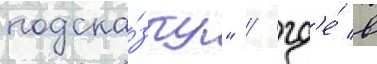
подска́зку" / гд'е́ в